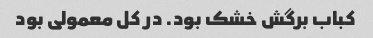
کباب برگش خشک بود. در کل معمولی بود